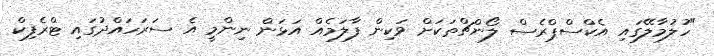
"ހުލުމާލޭގައި އެކްސްޕްރެސް ލޯންޗްތަކަށް ވަކިން ފާލަމެއް އަޅަން ނިންމީ އެ ސަރަހައްދުގައި ޓްރެފިކް